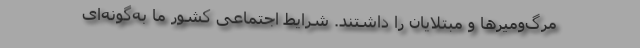
مرگ‌ومیرها و مبتلایان را داشتند. شرایط اجتماعی کشور ما به‌گونه‌ای